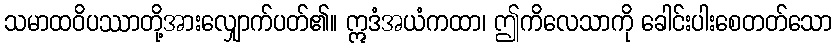
သမာထဝိပဿာတို့အားလျှောက်ပတ်၏။ ဣဒံအယံကထာ၊ ဤကိလေသာကို ခေါင်းပါးစေတတ်သော